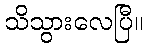
သိသွားလေပြီ။